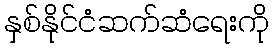
နှစ်နိုင်ငံဆက်ဆံရေးကို